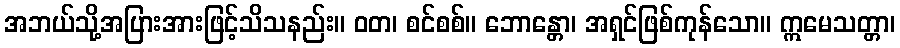
အဘယ်သို့အပြားအားဖြင့်သိသနည်း။ ဝတ၊ စင်စစ်။ ဘောန္တော၊ အရှင်ဖြစ်ကုန်သော။ ဣမေသတ္တာ၊